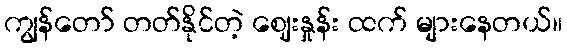
ကျွန်တော် တတ်နိုင်တဲ့ ဈေးနှုန်း ထက် များနေတယ်။